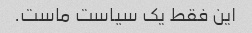
این فقط یک سیاست ماست.